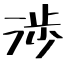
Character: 渉